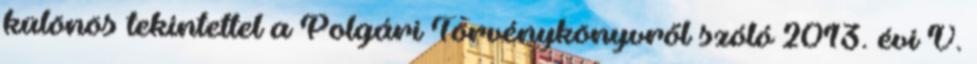
különös tekintettel a Polgári Törvénykönyvről szóló 2013. évi V.